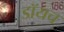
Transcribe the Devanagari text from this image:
डॉयच